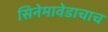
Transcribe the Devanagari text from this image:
सिनेमावेडाचाच